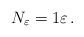
LaTeX: \begin{align*}N_\varepsilon=1\varepsilon\,.\end{align*}